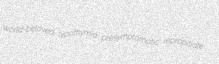
world-beloved lypothymia presymptomatic repropitiate